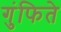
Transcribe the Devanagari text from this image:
गुंफिते